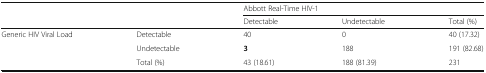
<table><thead><tr><td rowspan="2" colspan="2"></td><td colspan="3"><b>Abbott Real-Time HIV-1</b></td></tr><tr><td><b>Detectable</b></td><td><b>Undetectable</b></td><td><b>Total (%)</b></td></tr></thead><tbody><tr><td rowspan="3">Generic HIV Viral Load</td><td>Detectable</td><td>40</td><td>0</td><td>40 (17.32)</td></tr><tr><td>Undetectable</td><td><b>3</b></td><td>188</td><td>191 (82.68)</td></tr><tr><td>Total (%)</td><td>43 (18.61)</td><td>188 (81.39)</td><td>231</td></tr></tbody></table>